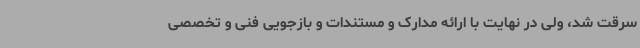
سرقت شد، ولی در نهایت با ارائه مدارک و مستندات و بازجویی فنی و تخصصی